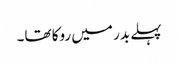
پہلے بدر میں روکا تھا۔